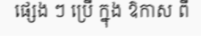
ផ្សេង ៗ ប្រើ ក្នុង ឱកាស ពី